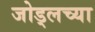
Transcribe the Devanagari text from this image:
जोड्लच्या